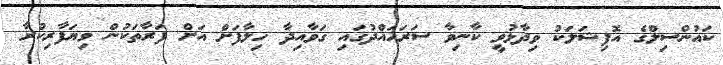
ކައުންސިލްގެ އޮފިޝަލަކު ވިދާޅުވީ ކާނިވާ ސަރަހައްދުގައި ގަވާއިދާ ހިލާފަށް އަށް ފަރާތަކުން ވިޔަފާރިކުރާ